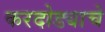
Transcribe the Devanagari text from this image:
करदोड्याचे